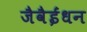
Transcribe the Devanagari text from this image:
जैवैईंधन